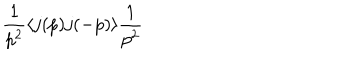
LaTeX: \frac { 1 } { p ^ { 2 } } \langle j ( p ) j ( - p ) \rangle \frac { 1 } { p ^ { 2 } }